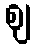
ဈ